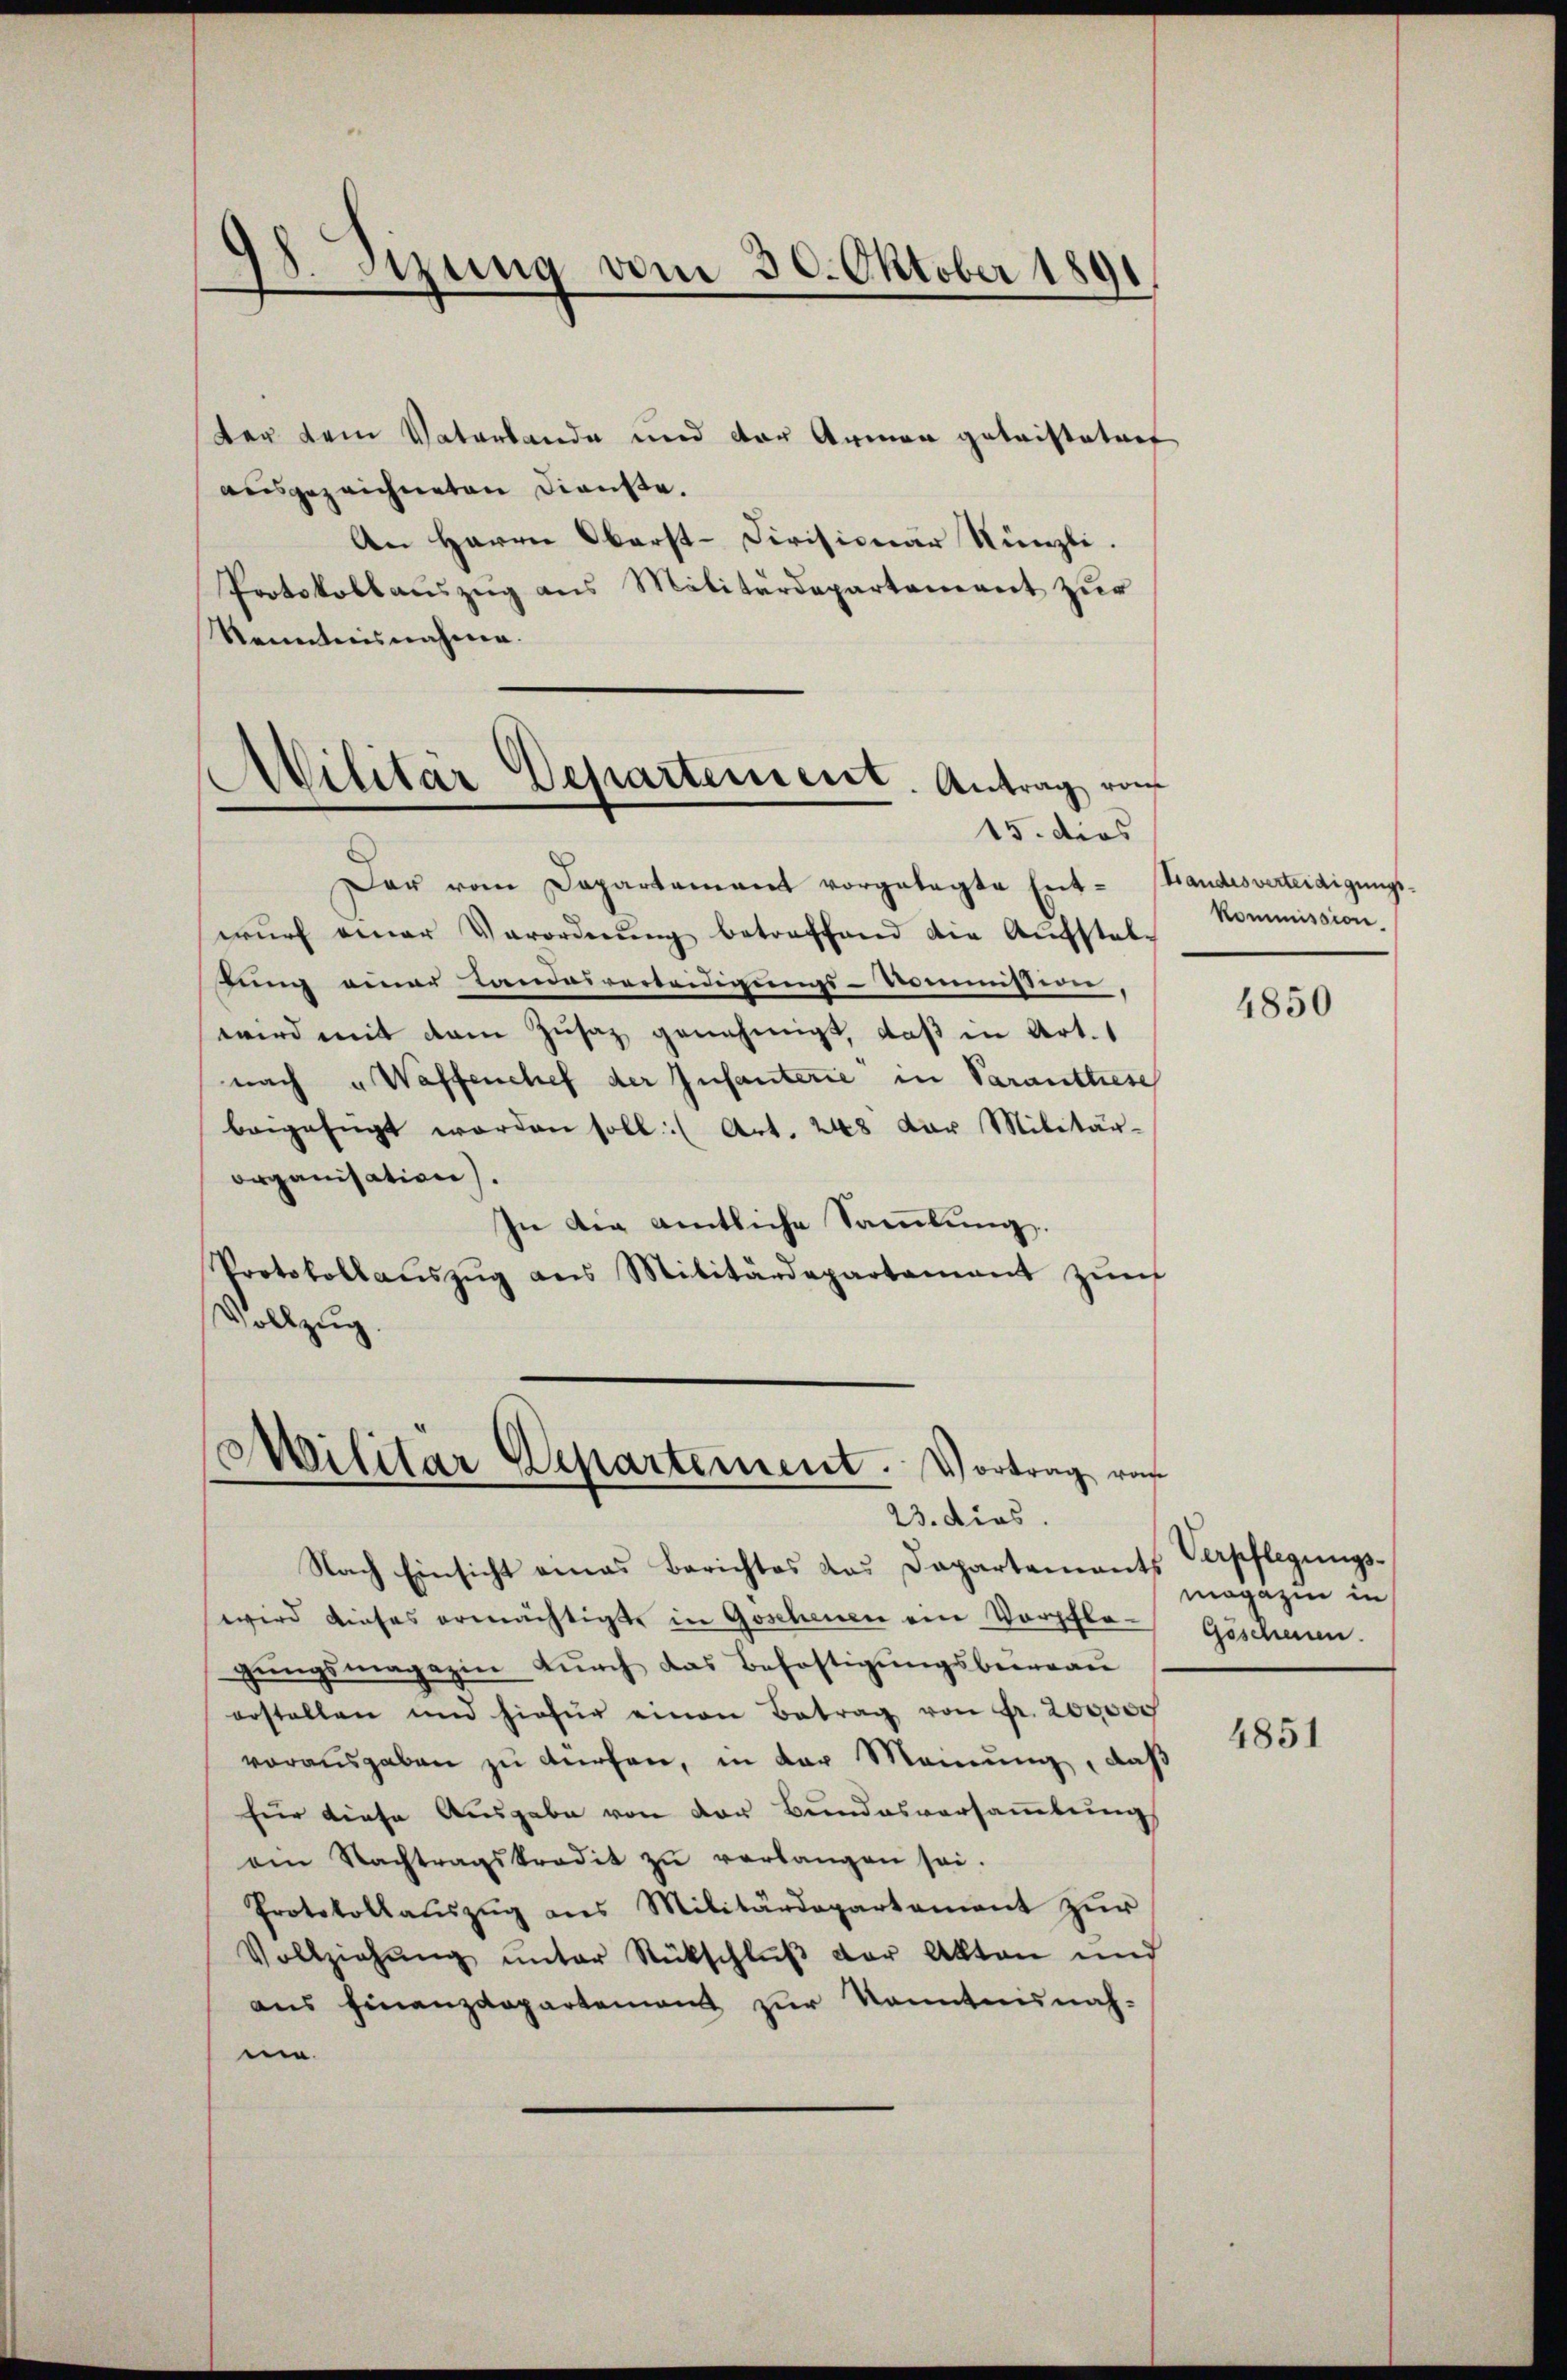
98. Sizung vom 30. Oktober 1891

ter dem Vaterlande und der Armen getristetent
ausgezeichneten Dienste.
An Herrn Oberst-Civisionär Nünzli.
Protokollauszug aus Militärdepartement zur
Kenntnisnahme.
Der vom Departamant vorgetagte Ent-Landesverteidigungs-
wŭrf einer Verordnŭng betreffend die Aufstel-
lung einer Landesverteidigungs-Kommissenen
wird mit dem Zusatz genehmigt, daß in Art.
nach „Waffenchef der Infanterie in Saranttiese
beigefügt worden soll (Art. 248 der Militär-
organisation
In die amtliche Sammlung.
Portokollaŭszŭg ans Militärdepartamant zŭert
Vollzug.

Militär Departement. Antrag von
15. dies

Militär Departement. Vortrag vo
23. dies.

e

Nach Einsicht eines Berichtes das Dapartements. Verpflegungswird dieses ermächtigte in Goschenen ein Vorplo-Geschen.
gŭngsmagazin durch das Befestigungsbeiau
erstellen und hiefür einen Betrag von Fr. 200000
vorausgaben zŭ dürfen, in der Meinung, daß
für diese Ausgabe von der Bundesversammlung
ein Nachtragskredit zŭ verlangen sei.
Protokollaŭszŭg ans Militärdepartement zŭr
Vollziehŭng ŭnter Rückschlŭβ der Akten und
aus Finanzdepartement zur Kenntnisnah-
n.

Kommission.

4850

magazin in

4851